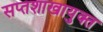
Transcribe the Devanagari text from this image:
सप्तशाखायुक्त